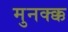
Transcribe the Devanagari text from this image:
मुनक्क्क